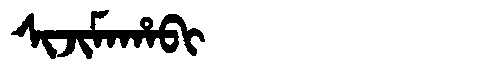
Manchu: ᠰᡳᠵᡳᠮᠠᡥᠠᠪᡳ
Romanization: SIJIMAHABI